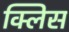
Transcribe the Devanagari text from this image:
क्लिस